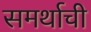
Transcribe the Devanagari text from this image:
समर्थाची